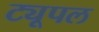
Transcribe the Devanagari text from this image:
ट्यूपल